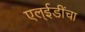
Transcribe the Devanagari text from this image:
एल्‌ईडींचा